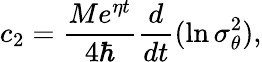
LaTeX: c_{2}=\frac{Me^{\eta t}}{4\hbar}\frac d{dt}(\ln\sigma_{\theta}^{2}),